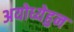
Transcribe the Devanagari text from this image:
अयोध्येहुन